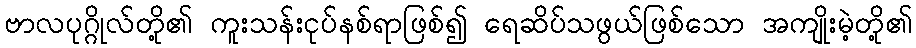
ဗာလပုဂ္ဂိုလ်တို့၏ ကူးသန်းငုပ်နစ်ရာဖြစ်၍ ရေဆိပ်သဖွယ်ဖြစ်သော အကျိုးမဲ့တို့၏